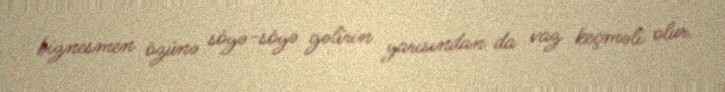
biznesmen özünə söyə-söyə gəlirin yarısından da vaz keçməli olur.